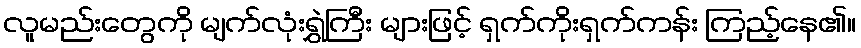
လူမည်းတွေကို မျက်လုံးရွှဲကြီး များဖြင့် ရှက်ကိုးရှက်ကန်း ကြည့်နေ၏။